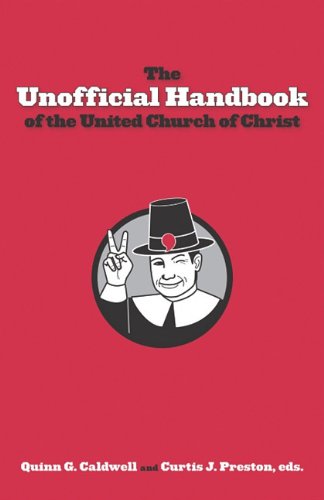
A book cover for The Unofficial Handbook of the United Church of Christ; Quinn G. Caldwell; Humor & Entertainment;